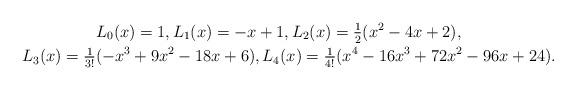
LaTeX: \begin{align*}& \hphantom{XXXXX}L_0(x) = 1, L_1(x) = -x+1, L_2(x) = \tfrac{1}{2}(x^2 -4x + 2), \\& L_3(x) = \tfrac{1}{3!}(-x^3 + 9 x^2 - 18 x +6), L_4(x) = \tfrac{1}{4!}(x^4 - 16x^3 +72x^2 -96x +24).\end{align*}